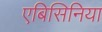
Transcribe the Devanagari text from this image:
एबिसिनिया